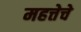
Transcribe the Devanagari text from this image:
महत्तेचे